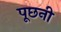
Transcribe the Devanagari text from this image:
पूछनी